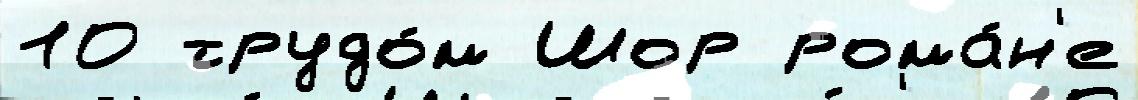
10 трудо́м Шор рома́н'е